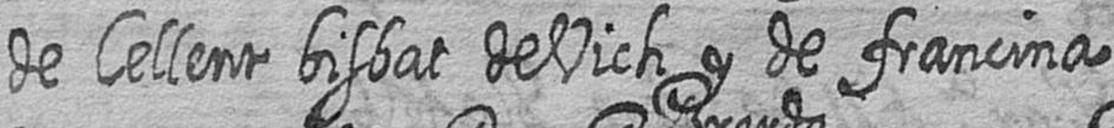
de Cellent bisbat de Vich y de francina